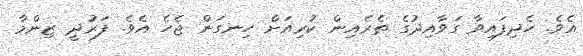
އެވެ. ހެދިފައިވާ ގަވާއިދުގެ ތެރެއިން ކުރިއަށް ހިނގަން ޖެހެ އެވެ. ފަރުދީ ޒިންމާ